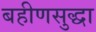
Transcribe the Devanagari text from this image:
बहीणसुद्धा